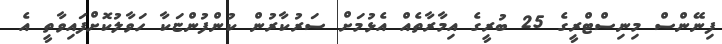
ފިނޭންސް މިނިސްޓްރީގެ 25 ބުރީގެ އިމާރާތެއް އެޅުމަށް ސަރުކާރުން ކުންފުންޏަކާ ހަވާލުކޮށްފައިވާތީ އެ